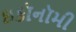
ઇકૉનૉમી